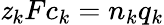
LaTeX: \mathit{z}_{k}Fc_{k}=n_{k}q_{k}